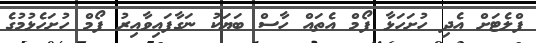
ފްލެޓަށް އެދި ހުށަހަޅާ ފޯމް އެތައް ހާސް ބަޔަކު ނަގާފައިވާއިރު ފޯމް ހުށަހެޅުމުގެ